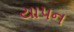
યાપન